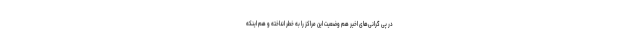
در پی گرانی‌های اخیر هم وضعیت این مراکز را به خطر انداخته و هم اینکه